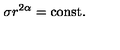
\sigma r ^ { 2 \alpha } = \mathrm { c o n s t } .